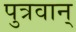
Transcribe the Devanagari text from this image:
पुत्रवान्